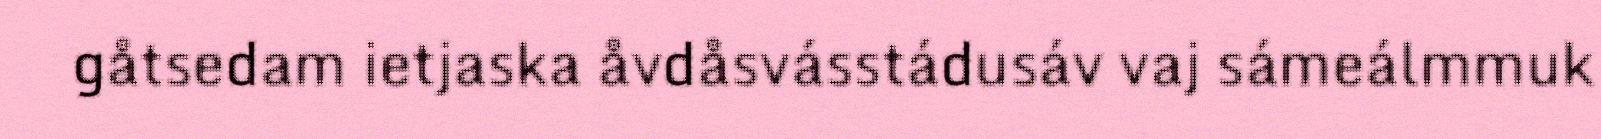
gåtsedam ietjaska åvdåsvásstádusáv vaj sámeálmmuk